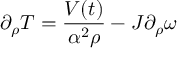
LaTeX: \partial _ { \rho } T = \frac { V ( t ) } { \alpha ^ { 2 } \rho } - J \partial _ { \rho } \omega